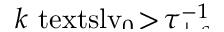
\smash { k \ensuremath { \mathrm { \ t e x t s l { v } } _ { 0 } } \! > \! \tau _ { \perp , s } ^ { - 1 } }